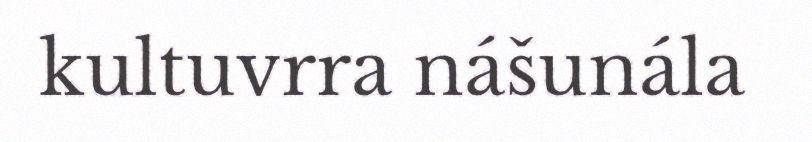
kultuvrra nášunála